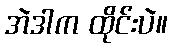
အဲဒါက ထိုင်းပဲ။